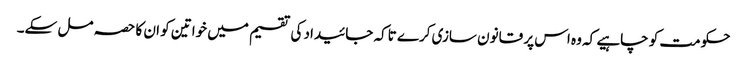
حکومت کو چاہیے کہ وہ اس پر قانون سازی کرے تاکہ جائیداد کی تقسیم میں خواتین کو ان کا حصہ مل سکے۔